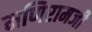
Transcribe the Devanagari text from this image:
मणिरामजी